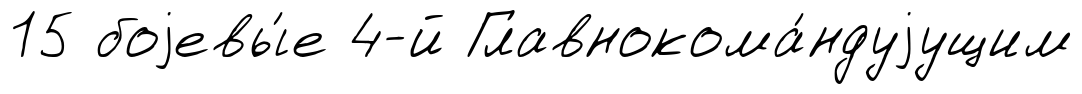
15 боjевы́е 4-й Главнокома́ндуjущим